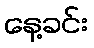
နေ့ခင်း